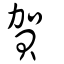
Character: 賀